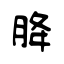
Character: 胮